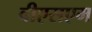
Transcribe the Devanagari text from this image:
वीएसएम